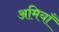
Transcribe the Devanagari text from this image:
अमियाँ